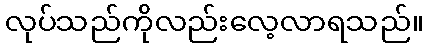
လုပ်သည်ကိုလည်းလေ့လာရသည်။